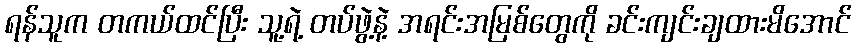
ရန်သူက တကယ်ထင်ပြီး သူ့ရဲ့ တပ်ဖွဲ့နဲ့ အရင်းအမြစ်တွေကို ခင်းကျင်းချထားမိအောင်